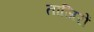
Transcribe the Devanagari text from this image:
ताजिरों